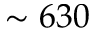
\sim 6 3 0